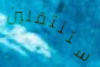
ستنتقلين